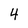
Character: 4